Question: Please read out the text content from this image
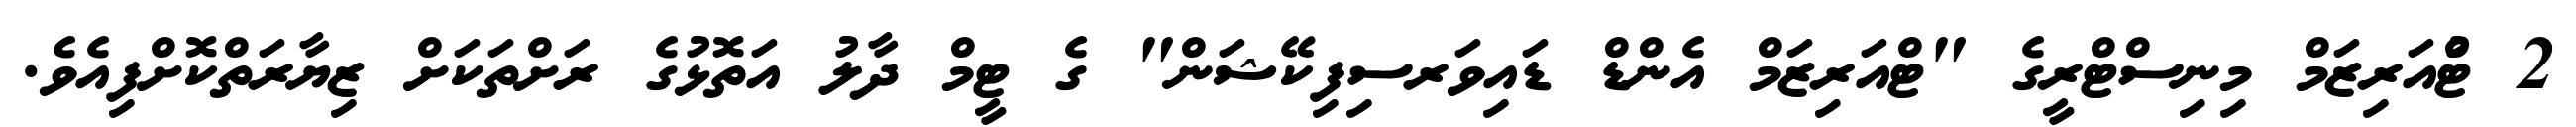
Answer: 2 ޓްުއަރިޒަމް މިނިސްޓްރީގެ "ޓްއަރިޒަމް އެންޑް ޑައިވަރސިފިކޭޝަން" ގެ ޓީމް ދާލު އަތޮޅުގެ ރަށްތަކަށް ޒިޔާރަތްކޮށްފިއެވެ.